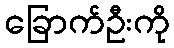
ခြောက်ဦးကို